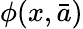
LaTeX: \phi(x,{\bar{a}})